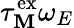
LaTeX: \tau_{\mathbf{M}}^{\mathrm{{ex}}}\omega_{E}